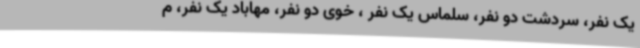
یک نفر، سردشت دو نفر، سلماس یک نفر ، خوی دو نفر، مهاباد یک نفر، م